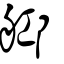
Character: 𦨰